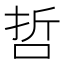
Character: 哲